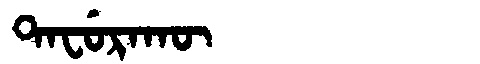
Manchu: ᡨᠠᠸᡠᡵᠠᡴᡡ
Romanization: TAFURAKŪ